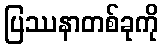
ပြဿနာတစ်ခုကို